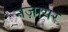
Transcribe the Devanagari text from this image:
नज़ायर